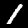
Label: 1